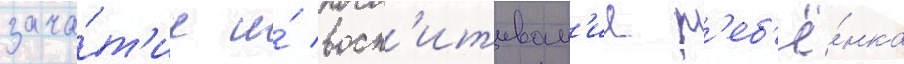
зача́т'ие и́ восп'итыван'ие р'еб'ё́нка